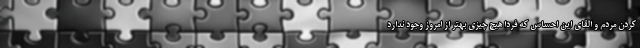
کردن مردم و القای این احساس که فردا هیچ چیزی بهتر از امروز وجود ندارد